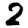
Digit: 2